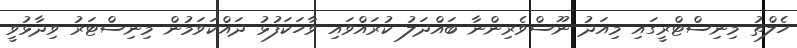
ހެލްތު މިނިސްޓްރީގައި މިއަދު ނޫސްވެރިންނާ ބައްދަލު ކުރައްވައި ވާހަކަފުޅު ދައްކަވަމުން މިނިސްޓަރު ވިދާޅުވީ